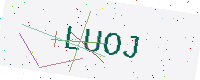
Text: LUOJ